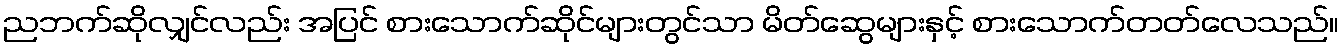
ညဘက်ဆိုလျှင်လည်း အပြင် စားသောက်ဆိုင်များတွင်သာ မိတ်ဆွေများနှင့် စားသောက်တတ်လေသည်။